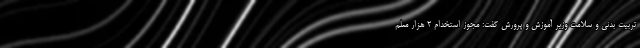
تربیت بدنی و سلامت وزیر آموزش و پرورش گفت: مجوز استخدام ۲ هزار معلم